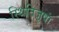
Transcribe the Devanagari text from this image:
स्थितिजुषां